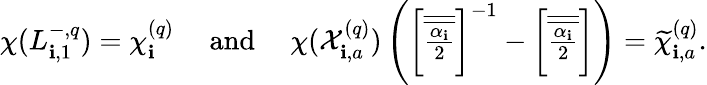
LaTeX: \chi(L_{\mathbf{i},1}^{-,q})=\chi_{\mathbf{i}}^{(q)}\quad\mathrm{{~and~}}\quad\chi(\mathcal{{X}}_{\mathbf{i},a}^{(q)})\left({\textstyle\left[\overline{{{\overline{{{\frac{{\alpha_{\mathbf{i}}}}{{2}}}}}}}}\right]^{-1}-\left[\overline{{{\overline{{{\frac{{\alpha_{\mathbf{i}}}}{{2}}}}}}}}\right]}\right)=\widetilde{{\chi}}_{\mathbf{i},a}^{(q)}.